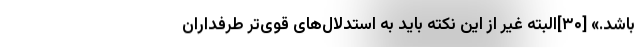
باشد.» [۳۰]البته غیر از این نکته باید به استدلال‌های قوی‌تر طرفداران